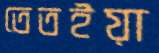
তেতইয়া